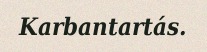
Karbantartás.